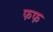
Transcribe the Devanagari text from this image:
फफ